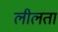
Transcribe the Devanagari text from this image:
लीलता